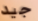
جيد